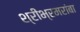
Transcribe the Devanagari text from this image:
श्रीभ्रमरांबा